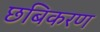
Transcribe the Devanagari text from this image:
छबिकरण